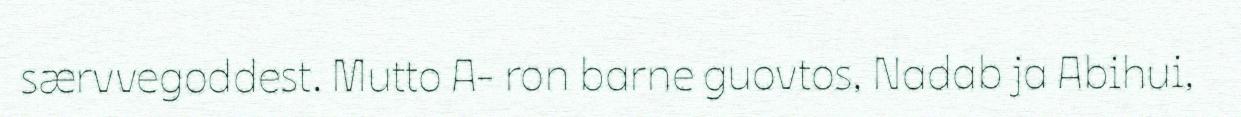
særvvegoddest. Mutto A- ron barne guovtos, Nadab ja Abihui,